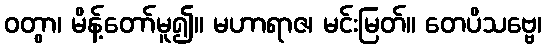
ဝတွာ၊ မိန့်တော်မူ၍။ မဟာရာဇ၊ မင်းမြတ်။ တေပိသဗ္ဗေ၊